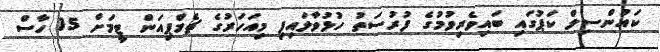
ކައުންސިލް ކަޕުގައި ބައިވެރިވުމުގެ ފުރުސަތު ހުޅުވާލައިފި މިއަހަރުގެ ޗެމްޕިއަން ޓީމަށް 15 ހާސް